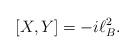
LaTeX: \begin{align*}\lbrack X,Y]=-i\ell _{B}^{2}. \end{align*}